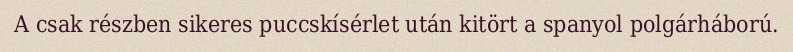
A csak részben sikeres puccskísérlet után kitört a spanyol polgárháború.